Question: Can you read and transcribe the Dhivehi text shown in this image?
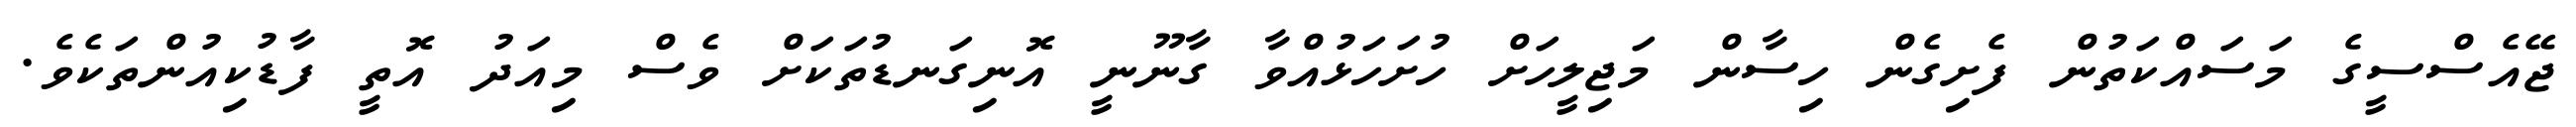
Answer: ޖޭއެސްސީގެ މަސައްކަތުން ފެށިގެން ހިސާން މަޖިލީހަށް ހުށަހަޅުއްވާ ގާނޫނީ އޮނިގަނޑުތަކަށް ވެސް މިއަދު އޮތީ ފާޑުކިއުންތަކެވެ.